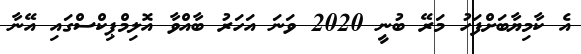
އެ ކާމިޔާބަށްފަހު މަރޭ ބުނީ 2020 ވަނަ އަހަރު ބާއްވާ އޮލިމްޕިކްސްގައި އޭނާ